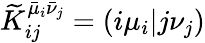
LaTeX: \widetilde{K}_{ij}^{\bar{\mu}_{i}\bar{\nu}_{j}}=(i\mu_{i}\vert j\nu_{j})